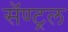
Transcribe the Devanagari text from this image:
सॅण्ट्रल